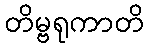
တိမ္ဗရုကာတိ